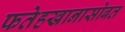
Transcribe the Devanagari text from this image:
फतेहखानासोबत